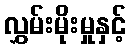
လွှမ်းမိုးမှုနှင့်